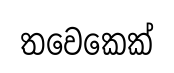
තවෙකෙක්